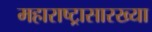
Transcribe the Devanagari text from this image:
महाराष्ट्रासारख्‍या